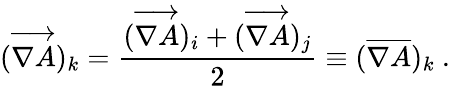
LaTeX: (\overrightarrow{\nabla A})_{k}=\frac{(\overrightarrow{\nabla A})_{i}+(\overrightarrow{\nabla A})_{j}}{2}\equiv(\overline{{\nabla A}})_{k}\mathrm{~.~}